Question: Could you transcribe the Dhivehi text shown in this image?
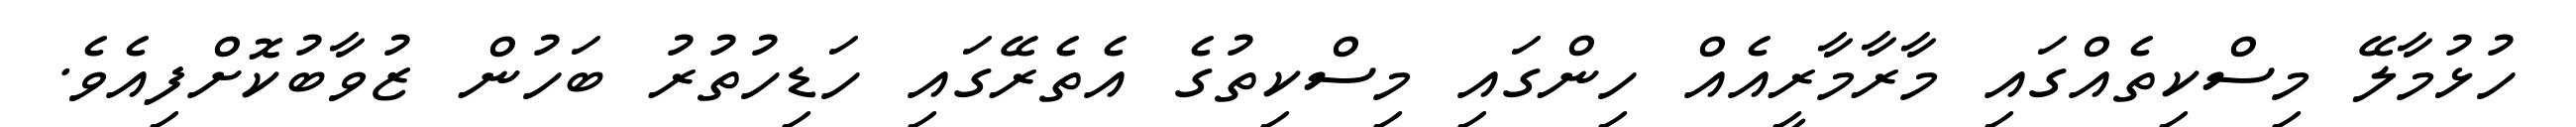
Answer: ހުޅުމާލޭ މިސްކިތެއްގައި މާރާމާރީއެއް ހިންގައި މިސްކިތުގެ އެތެރޭގައި ހަޑިހުތުރު ބަހުން ޒުވާބުކޮށްފިއެވެ.